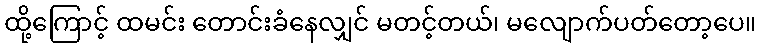
ထို့ကြောင့် ထမင်း တောင်းခံနေလျှင် မတင့်တယ်၊ မလျောက်ပတ်တော့ပေ။